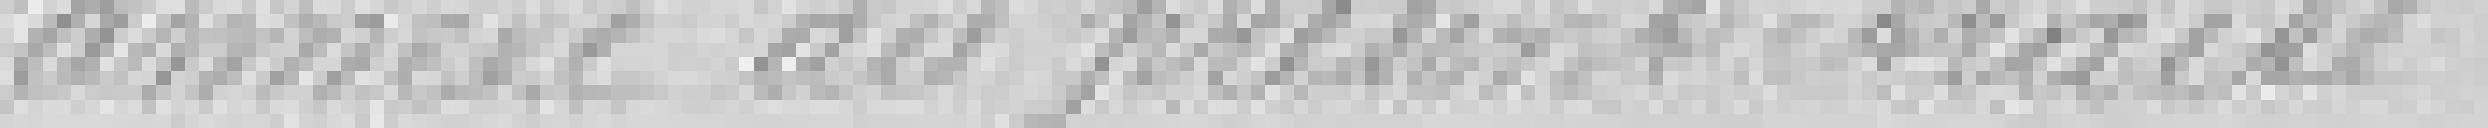
annexé au présent traité